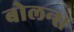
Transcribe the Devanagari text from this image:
बोलन्स